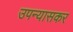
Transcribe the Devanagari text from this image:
उपन्यासकर